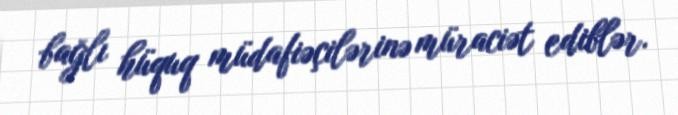
bağlı hüquq müdafiəçilərinə müraciət ediblər.